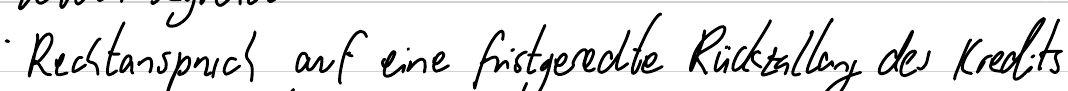
Rechtanspruch auf eine fristgerechte Rückzahlung des Kredits